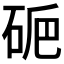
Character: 𥑽